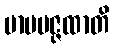
မာပမဇ္ဇထာတိ